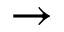
\rightarrow